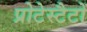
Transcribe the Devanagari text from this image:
प्रोटेस्टैटों